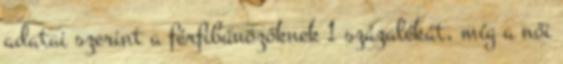
adatai szerint a férfibűnözőknek 1 százalékát, míg a női